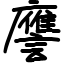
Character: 譍